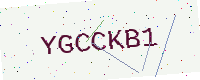
Text: YGCCKB1